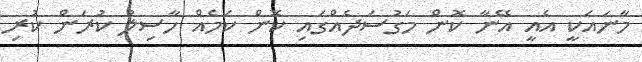
މާނައަކީ އެއީ އޭނާ ކޮން މަގުސަދެއްގައި ކޮން ކަމެއް ހާސިލު ކުރަން ކުރި